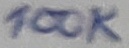
Text: 100K